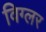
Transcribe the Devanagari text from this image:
विग्लर